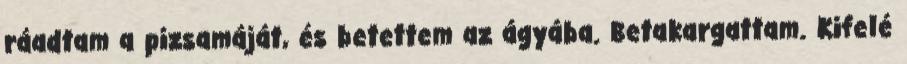
ráadtam a pizsamáját, és betettem az ágyába. Betakargattam. Kifelé